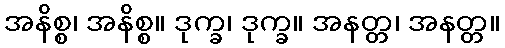
အနိစ္စ၊ အနိစ္စ။ ဒုက္ခ၊ ဒုက္ခ။ အနတ္တ၊ အနတ္တ။